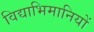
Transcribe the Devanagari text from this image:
विद्याभिमानियों